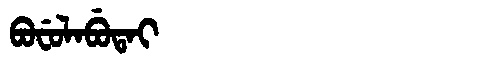
Manchu: ᠪᠣᠸᡠᠯᠠᠪᡠᡨᠠᡳ
Romanization: BOFULABUTAI